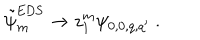
\tilde { \psi } _ { m } ^ { \mathrm { E D S } } \to z _ { 1 } ^ { m } \psi _ { 0 , 0 , q , q ^ { \prime } } \ .